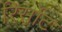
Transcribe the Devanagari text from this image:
रिर्सोट